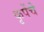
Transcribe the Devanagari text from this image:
कृपेंचे